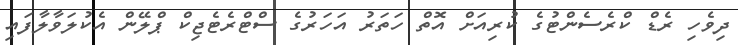
ދިވެހި ރެޑް ކްރެސެންޓުގެ ކުރިއަށް އޮތް ހަތަރު އަހަރުގެ ސްޓްރެޓެޖިކް ޕްލޭން އެކުލަވާލާފައި